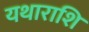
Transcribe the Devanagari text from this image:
यथाराशि